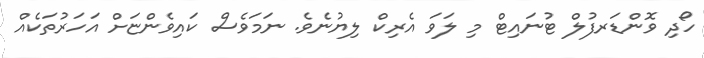
ހޯދި ވޮންޑަރފުލް ޓުނައިޓް މި ލަވަ އެރިކް ލިޔުނެވެ. ނަމަވެސް ކައިވެންޏަށް އަހަރުތަކެއް